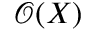
{ \mathcal { O } } ( X )